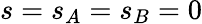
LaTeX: s=s_{A}=s_{B}=0